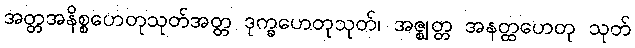
အတ္တအနိစ္စဟေတုသုတ်အတ္တ ဒုက္ခဟေတုသုတ်၊ အဇ္ဈတ္တ အနတ္ထဟေတု သုတ်